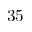
3 5